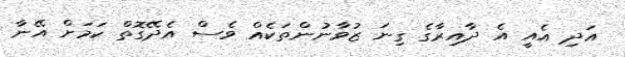
އަދި އެއީ އެ ދާއިރާގެ ގިނަ ޒުވާނުންތަކެއް ވެސް އެދޭގޮތް ކަމަށް އޭނާ